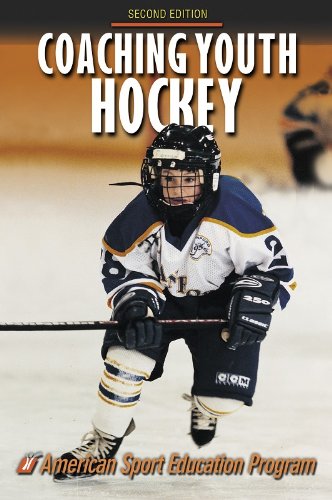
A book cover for Coaching Youth Hockey - 2nd Edition (Coaching Youth Sports); American Sport Education Program; Sports & Outdoors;